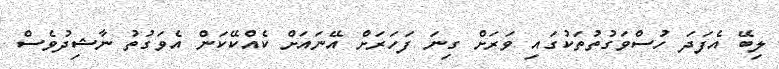
ލިބޭ އެފަދަ ހުސްވަގުތުތަކުގައި ވަރަށް ގިނަ ފަހަރަށް އޭނައަށް ކެއްކޭކަން އެވަގުތު ނާޝިދުވެސް